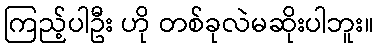
ကြည့်ပါဦး ဟို တစ်ခုလဲမဆိုးပါဘူး။